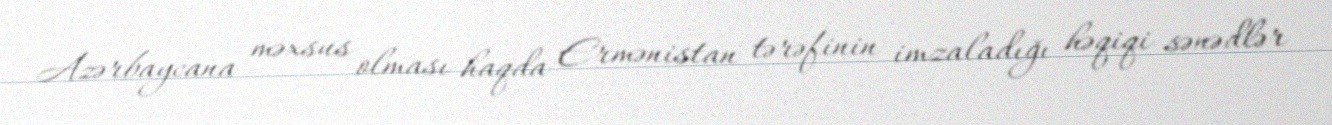
Azərbaycana məxsus olması haqda Ermənistan tərəfinin imzaladığı həqiqi sənədlər